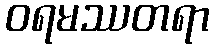
ဝရမဿတရာ